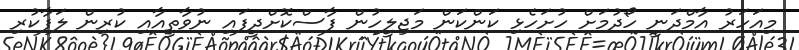
މިއަހަރު އާމްދަނީ ހޯދުމަށް ހުށަހެޅި ކަންކަން މަޖިލީހުން ފާސްކޮށްދީފައި ނުވާތީއާއި ކުރިން ލަފާކުރި